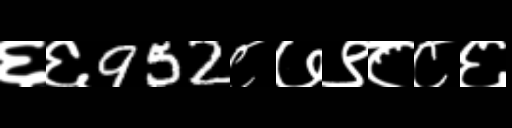
Text: ६६952८७९८८६